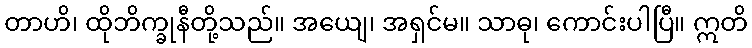
တာဟိ၊ ထိုဘိက္ခုနီတို့သည်။ အယျေ၊ အရှင်မ။ သာဓု၊ ကောင်းပါပြီ။ ဣတိ